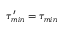
\tau _ { m i n } ^ { \prime } = \tau _ { m i n }